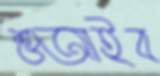
শুআইব